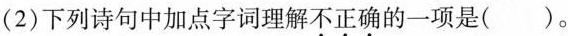
（2）下列诗句中加点字词理解不正确的一项是 （ ）